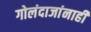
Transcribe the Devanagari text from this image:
गोलंदाजांनाही